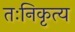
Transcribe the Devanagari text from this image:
तःनिकृत्य